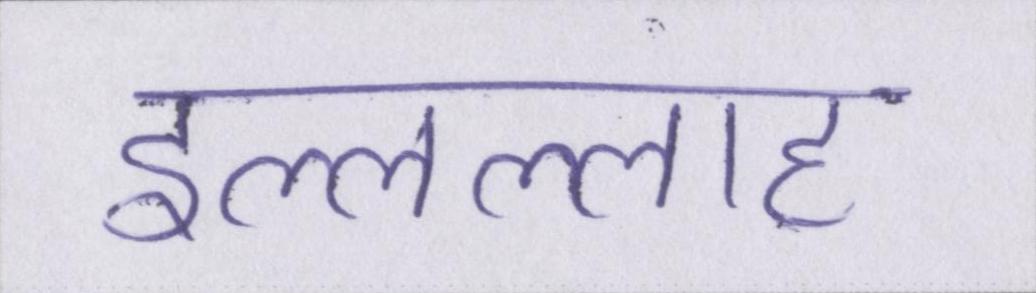
इल्लल्लाह